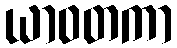
ယာဝတကာ